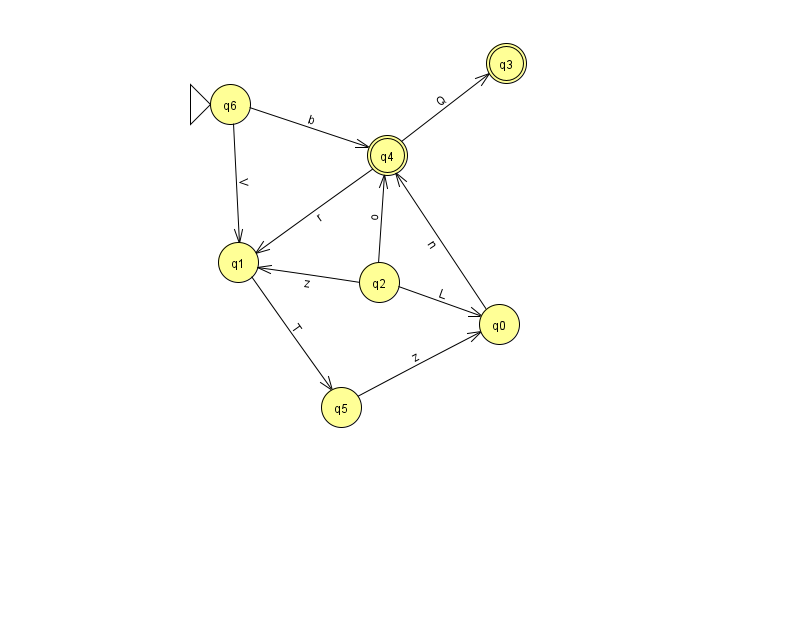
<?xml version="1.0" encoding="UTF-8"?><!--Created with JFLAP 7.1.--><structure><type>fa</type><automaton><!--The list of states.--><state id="0" name="q0"><x>499.0</x><y>311.0</y></state><state id="1" name="q1"><x>238.0</x><y>249.0</y></state><state id="2" name="q2"><x>379.0</x><y>269.0</y></state><state id="3" name="q3"><x>506.0</x><y>50.0</y><final/></state><state id="4" name="q4"><x>387.0</x><y>142.0</y><final/></state><state id="5" name="q5"><x>341.0</x><y>394.0</y></state><state id="6" name="q6"><x>230.0</x><y>91.0</y><initial/></state><!--The list of transitions.--><transition><from>6</from><to>1</to><read>V</read></transition><transition><from>0</from><to>4</to><read>n</read></transition><transition><from>5</from><to>0</to><read>z</read></transition><transition><from>2</from><to>0</to><read>L</read></transition><transition><from>2</from><to>1</to><read>z</read></transition><transition><from>4</from><to>1</to><read>r</read></transition><transition><from>2</from><to>4</to><read>o</read></transition><transition><from>4</from><to>3</to><read>Q</read></transition><transition><from>6</from><to>4</to><read>b</read></transition><transition><from>1</from><to>5</to><read>T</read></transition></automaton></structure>